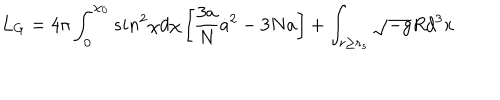
L _ { G } = 4 \pi \int _ { 0 } ^ { \chi _ { 0 } } s i n ^ { 2 } \chi d \chi \left[ \frac { 3 a } { N } { \dot { a } } ^ { 2 } - 3 N a \right] + \int _ { r \geq r _ { s } } \sqrt { - g } R d ^ { 3 } x